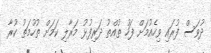
ދުވަސް ފުރައި ވިހެއުމަށް ފަހު ތުއްތު ދަރިފުޅު މަރާލި ކަމަށް ތުހުމަތު ކުރާ